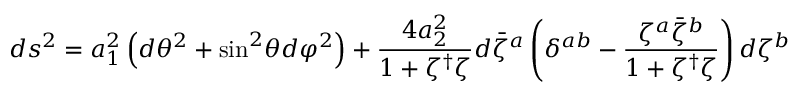
d s ^ { 2 } = a _ { 1 } ^ { 2 } \left( d \theta ^ { 2 } + \mathrm { s i n } ^ { 2 } \theta d \varphi ^ { 2 } \right) + \frac { 4 a _ { 2 } ^ { 2 } } { 1 + \zeta ^ { \dag } \zeta } d { \bar { \zeta } } ^ { a } \left( \delta ^ { a b } - \frac { \zeta ^ { a } { \bar { \zeta } } ^ { b } } { 1 + \zeta ^ { \dag } \zeta } \right) d \zeta ^ { b }